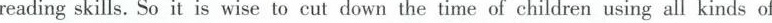
reading skills. So it is wise to cut down the time of children using all kinds